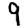
Digit: 9